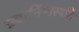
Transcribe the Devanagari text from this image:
ख्यार्तियास्यति